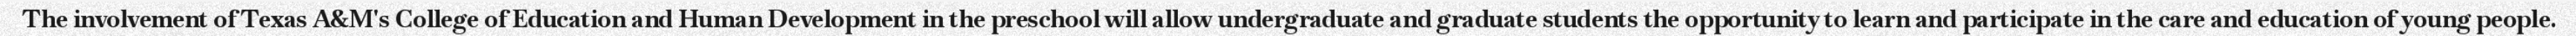
The involvement of Texas A&M's College of Education and Human Development in the preschool will allow undergraduate and graduate students the opportunity to learn and participate in the care and education of young people.